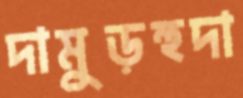
দামুড়হুদা